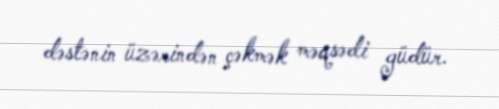
dəstənin üzərindən çəkmək məqsədi güdür.